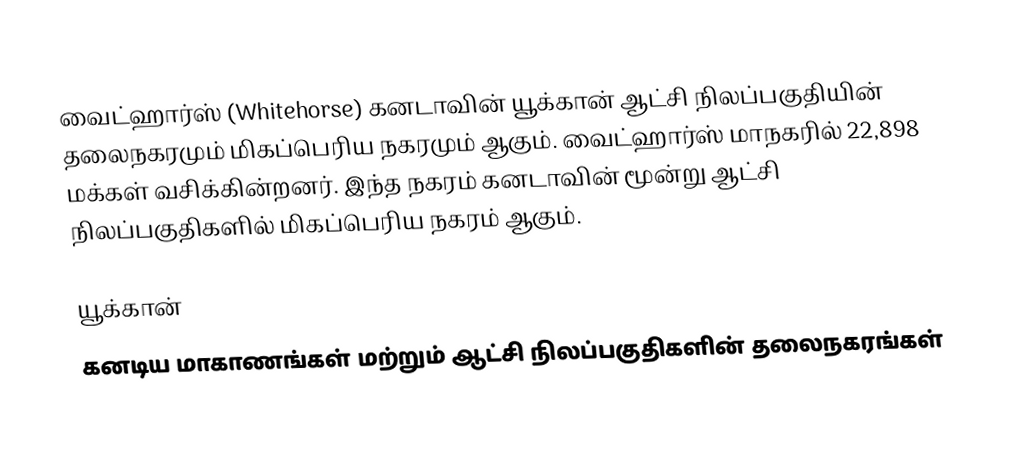
வைட்ஹார்ஸ் (Whitehorse) கனடாவின் யூக்கான் ஆட்சி நிலப்பகுதியின் தலைநகரமும் மிகப்பெரிய நகரமும் ஆகும். வைட்ஹார்ஸ் மாநகரில் 22,898 மக்கள் வசிக்கின்றனர். இந்த நகரம் கனடாவின் மூன்று ஆட்சி நிலப்பகுதிகளில் மிகப்பெரிய நகரம் ஆகும்.

யூக்கான்
கனடிய மாகாணங்கள் மற்றும் ஆட்சி நிலப்பகுதிகளின் தலைநகரங்கள்